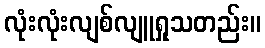
လုံးလုံးလျစ်လျူရှုသတည်း။